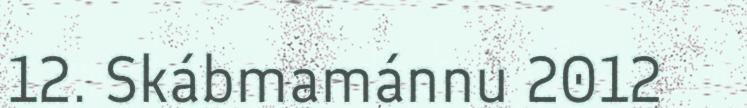
12. Skábmamánnu 2012